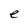
Character: e